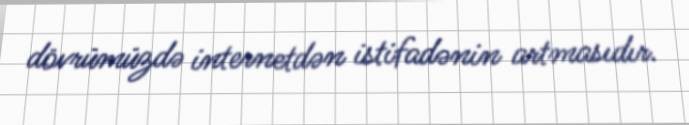
dövrümüzdə internetdən istifadənin artmasıdır.